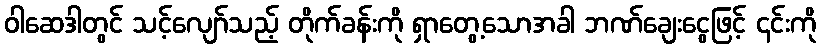
ဝါဆေဒါတွင် သင့်လျော်သည့် တိုက်ခန်းကို ရှာတွေ့သောအခါ ဘဏ်ချေးငွေဖြင့် ၎င်းကို